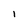
Character: I